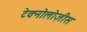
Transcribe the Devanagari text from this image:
टेक्नोलोज़ीस